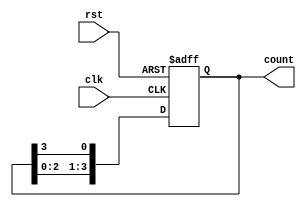
module ring_counter #(parameter N = 4) (
    input wire clk,           // Clock input
    input wire rst,           // Asynchronous reset
    output reg [N-1:0] count  // Ring counter output
);

// Initial state
initial begin
    count = 1'b1; // Set first flip-flop to '1', others to '0'
end

always @(posedge clk or posedge rst) begin
    if (rst) begin
        count <= 1'b1; // Reset to initial state
    end else begin
        // Shift the '1' around the ring
        count <= {count[N-2:0], count[N-1]};
    end
end

endmodule